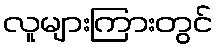
လူများကြားတွင်